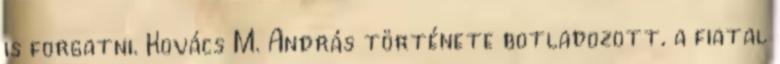
is forgatni. Kovács M. András története botladozott, a fiatal